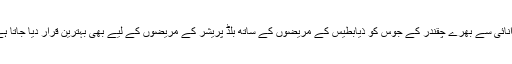
توانائی سے بھرے چقندر کے جوس کو ذیابطیس کے مریضوں کے ساتھ بلڈ پریشر کے مریضوں کے لیے بھی بہترین قرار دیا جاتا ہے۔